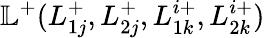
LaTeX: \mathbb{L}^{+}(L_{1j}^{+},L_{2j}^{+},L_{1k}^{i+},L_{2k}^{i+})